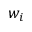
w _ { i }